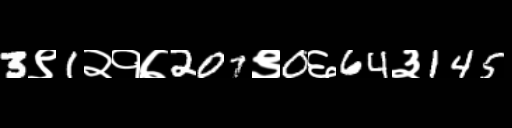
Text: 3९1२१७207९0६64३145